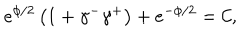
LaTeX: e ^ { \phi / 2 } \left( 1 + \gamma ^ { - } \gamma ^ { + } \right) + e ^ { - \phi / 2 } = \mathcal { C } ,